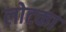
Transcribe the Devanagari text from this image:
लोटका